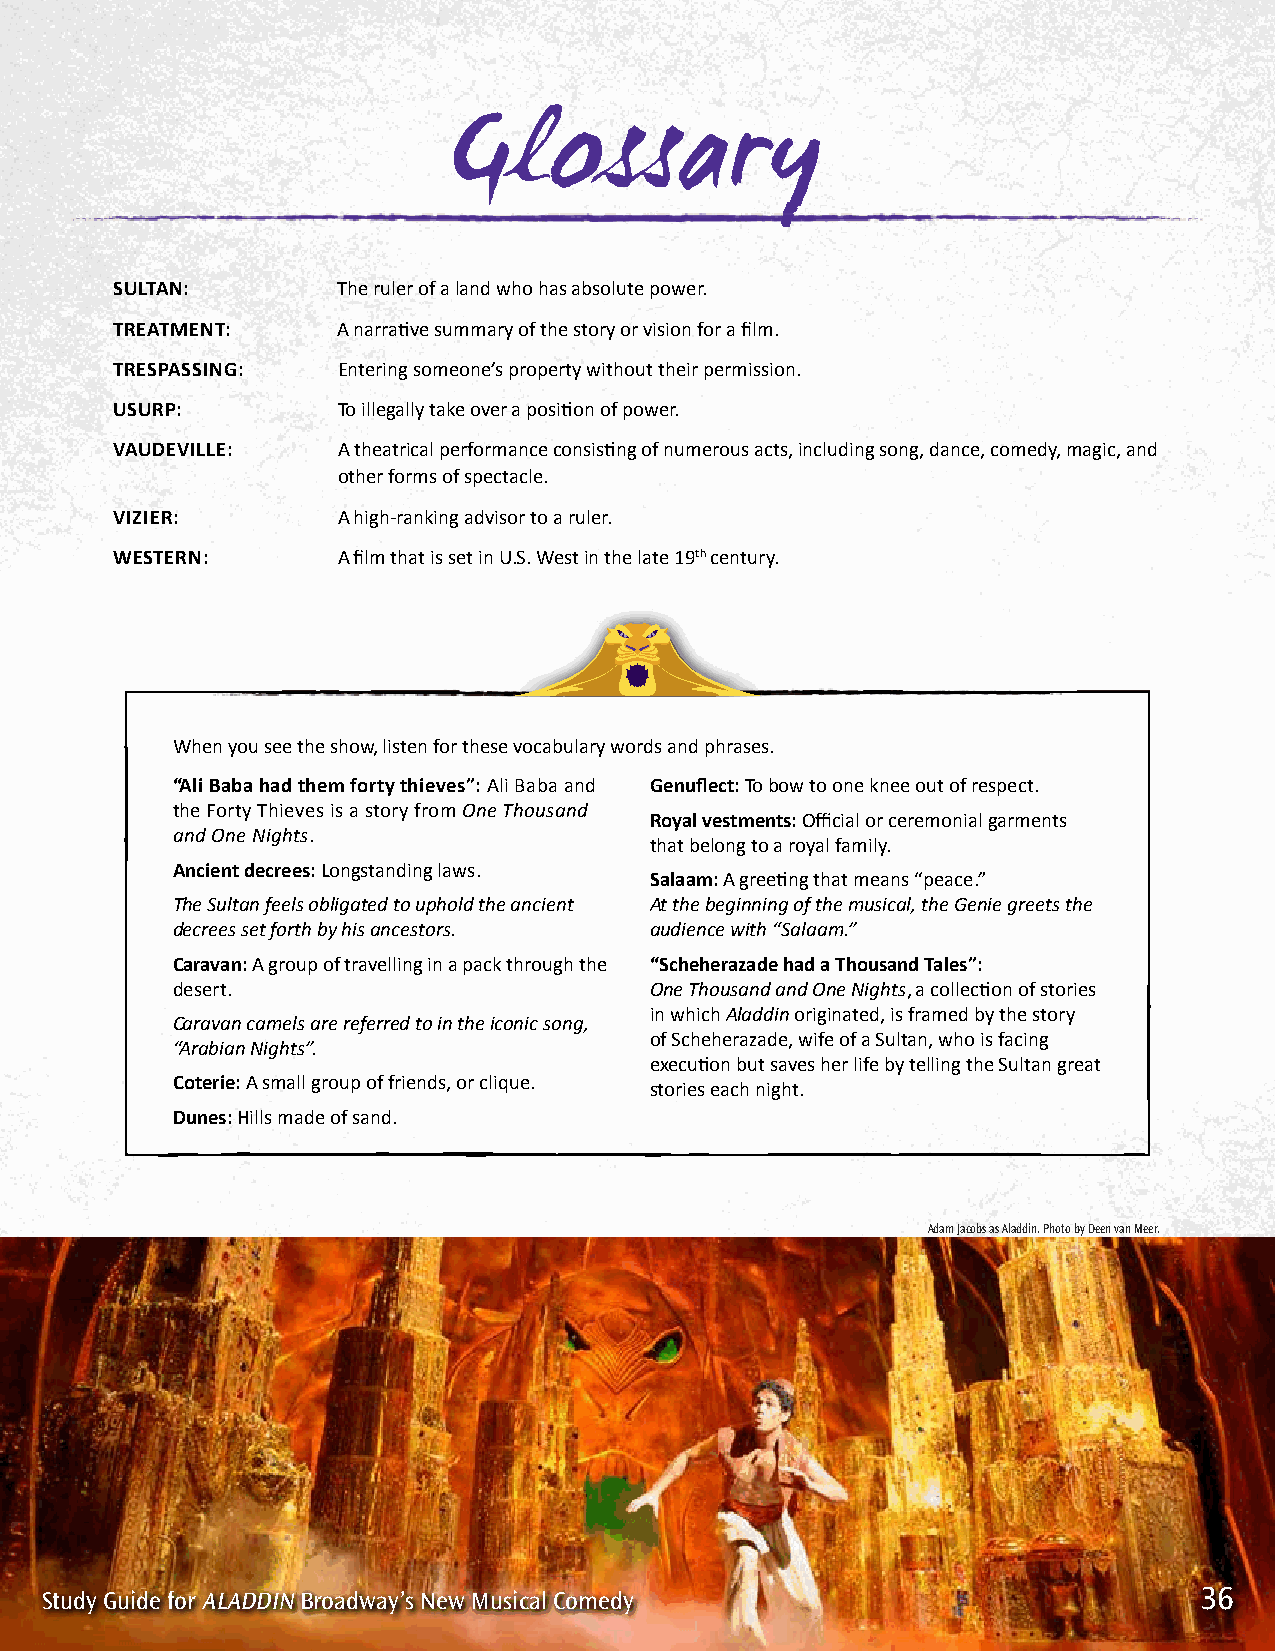
Glossary
 SULTAN:        The ruler of a land who has absolute power.
 TREATMENT:     A narrative summary of the story or vision for a film.
 TRESPASSING:   Entering someone’s property without their permission.
 USURP:         To illegally take over a position of power.
 vAUDEvILLE:    A theatrical performance consisting of numerous acts, including song, dance, comedy, magic, and
 other forms of spectacle.
 vIzIER:        A high-ranking advisor to a ruler.
 WESTERN:       A film that is set in u.S. West in the late 19th century.
 When you see the show, listen for these vocabulary words and phrases.
 “Ali Baba had them forty thieves”: Ali Baba and Genuflect: To bow to one knee out of respect.
 the Forty Thieves is a story from One Thousand
 Royal vestments: Official or ceremonial garments
 and One Nights.
 that belong to a royal family.
 Ancient decrees: Longstanding laws.
 Salaam: A greeting that means “peace.”
 The Sultan feels obligated to uphold the ancient At the beginning of the musical, the Genie greets the
 decrees set forth by his ancestors. audience with “Salaam.”
 Caravan: A group of travelling in a pack through the “Scheherazade had a Thousand Tales”:
 desert.                         One Thousand and One Nights, a collection of stories
 in which Aladdin originated, is framed by the story
 Caravan camels are referred to in the iconic song,
 of Scheherazade, wife of a Sultan, who is facing
 “Arabian Nights”.
 execution but saves her life by telling the Sultan great
 Coterie: A small group of friends, or clique. stories each night.
 Dunes: Hills made of sand.
 Adam Jacobs as Aladdin. Photo by Deen van Meer.
 SSStttuuudddyyy GGGuuuiiidddeee fffooorrr AADllisAAnDDeDDyii’snn A BBlArrooDaaDddiwwnaa: yyB’’ssr onnaeedwww MMayuu’sss iinccaaellw CC ooMmmuseeiddcyyal Comedy 333666